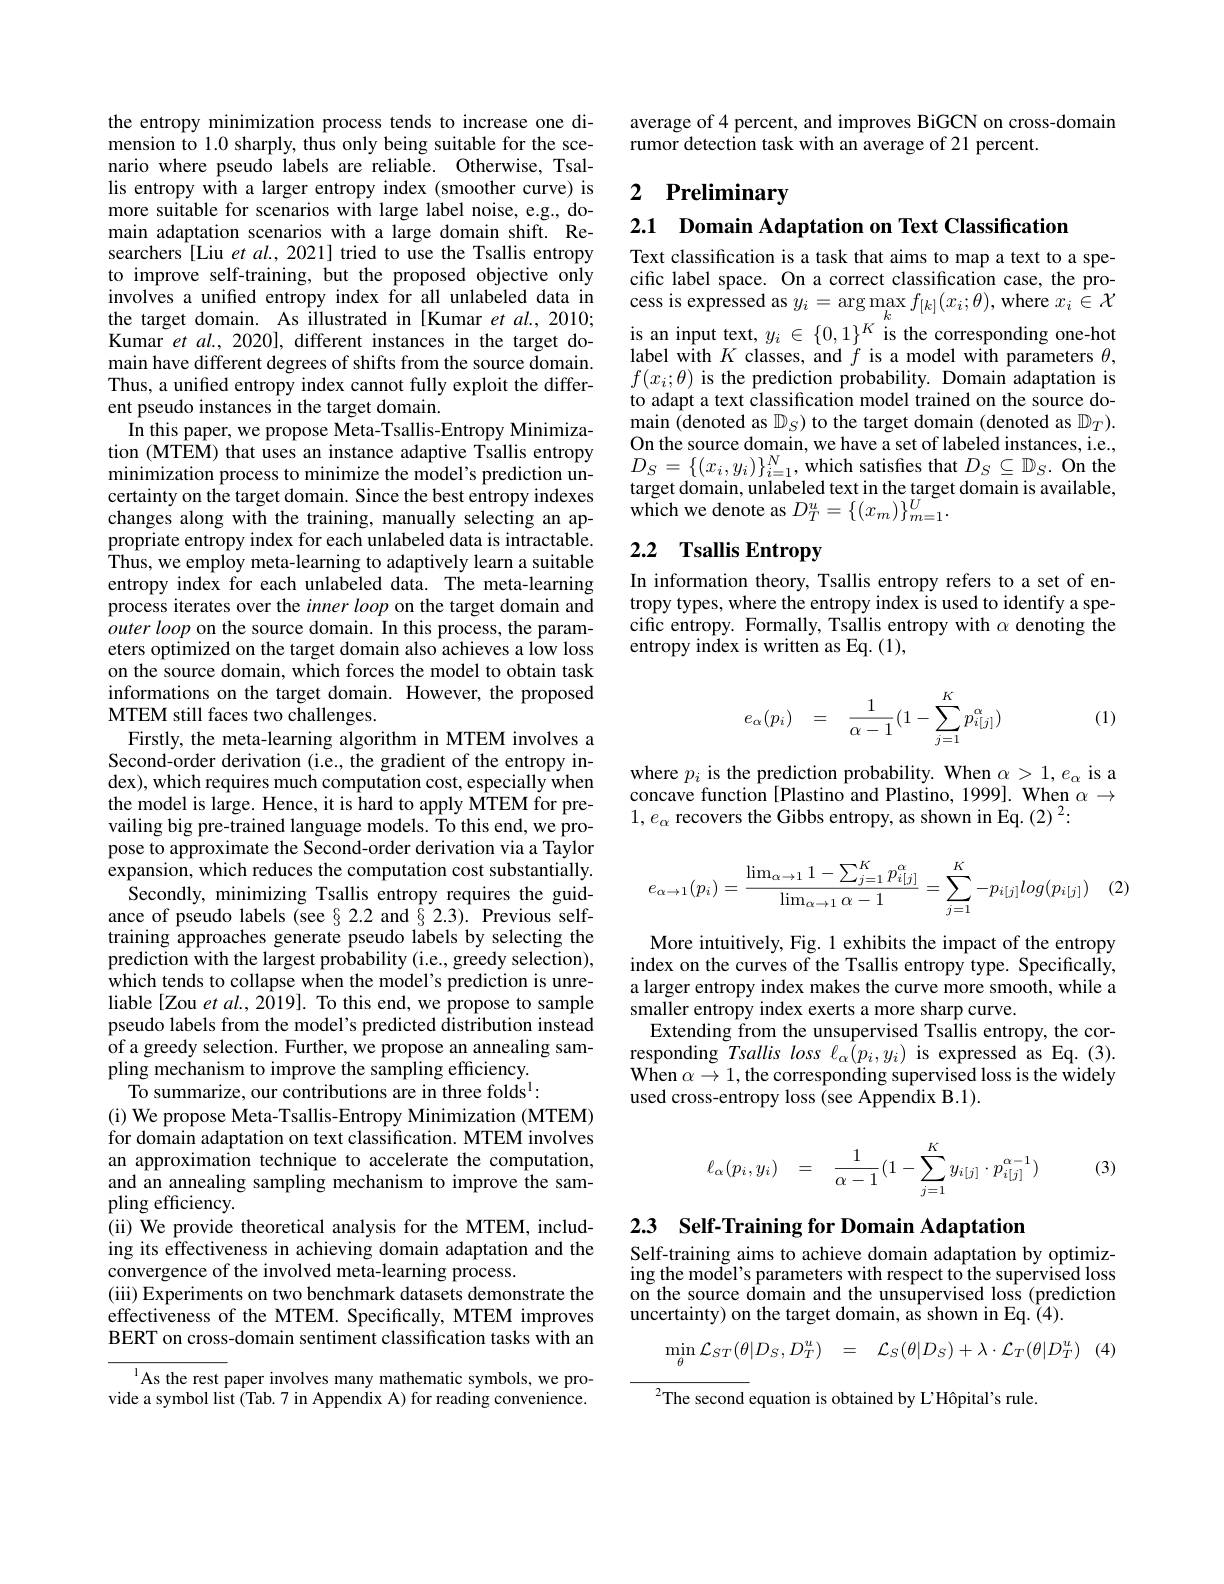
the entropy minimization process tends to increase one dimension to 1.0 sharply, thus only being suitable for the scenario where pseudo labels are reliable. Otherwise, Tsallis entropy with a larger entropy index (smoother curve) is more suitable for scenarios with large label noise, e.g., domain adaptation scenarios with a large domain shift. Researchers[INDEX][Liu et al., 2021] tried to use the Tsallis entropy to improve self-training, but the proposed objective only involves a unified entropy index for all unlabeled data in the target domain. As illustrated in [Kumar et al., 2010; Kumar et $al.,2020]$, different instances in the target domain have different degrees of shifts from the source domain. Thus, a unified entropy index cannot fully exploit the different pseudo instances in the target domain.
In this paper, we propose Meta-Tsallis-Entropy Minimization (MTEM) that uses an instance adaptive Tsallis entropy minimization process to minimize the model's prediction uncertainty on the target domain. Since the best entropy indexes changes along with the training, manually selecting an appropriate entropy index for each unlabeled data is intractable. Thus, we employ meta-learning to adaptively learn a suitable entropy index for each unlabeled data. The meta-learning process iterates over the inner loop on the target domain and $outer\textit{loop on the source domain. In this process, the param- }$ eters optimized on the target domain also achieves a low loss on the source domain, which forces the model to obtain task informations on the target domain. However, the proposed MTEM still faces two challenges.
Firstly, the meta-learning algorithm in MTEM involves a Second-order derivation (i.e., the gradient of the entropy index), which requires much computation cost, especially when the model is large. Hence, it is hard to apply MTEM for prevailing big pre-trained language models. To this end, we propose to approximate the Second-order derivation via a Taylor expansion, which reduces the computation cost substantially. Secondly, minimizing Tsallis entropy requires the guid-
ance of pseudo labels (see§2.2 and §2.3). Previous selftraining approaches generate pseudo labels by selecting the prediction with the largest probability (i.e., greedy selection), which tends to collapse when the model's prediction is unreliable [Zou et al., 2019]. To this end, we propose to sample pseudo labels from the model's predicted distribution instead of a greedy selection. Further, we propose an annealing sampling mechanism to improve the sampling efficiency.
To summarize, our contributions are in three folds$^1:$
(i) We propose Meta-Tsallis-Entropy Minimization (MTEM) for domain adaptation on text classification. MTEM involves an approximation technique to accelerate the computation, and an annealing sampling mechanism to improve the sampling efficiency.
(ii) We provide theoretical analysis for the MTEM, including its effectiveness in achieving domain adaptation and the convergence of the involved meta-learning process.
(iii) Experiments on two benchmark datasets demonstrate the effectiveness of the MTEM. Specifically, MTEM improves BERT on cross-domain sentiment classification tasks with an
$^{1}$As the rest paper involves many mathematic symbols, we provide a symbol list (Tab. 7 in Appendix A) for reading convenience.

average of 4 percent, and improves BiGCN on cross-domain
rumor detection task with an average of 21 percent.

# 2 Preliminary

2.1 Domain Adaptation on Text Classification

Text classification is a task that aims to map a text to a specific label space. On a correct classification case, the pro- ${\mathrm{cess~is~expressed~as~}y_{i}=\arg\max_{k}f_{[k]}(x_{i};\theta),\mathrm{~where~}x_{i}\in\mathcal{X}}$ is an input text, $y_i\in\{0,1\}^K$ is the corresponding one-hot label with $K$ classes, and $f$ is a model with parameters $\theta$, $f(x_i;\theta)$ is the prediction probability. Domain adaptation is to adapt a text classification model trained on the source domain (denoted as $\mathbb{D}_S$) to the target domain (denoted as $\mathbb{D}_T).$ On the source domain, we have a set of labeled instances, i.e., $D_{S}=\{(x_{i},y_{i})\}_{i=1}^{N}$,which satisfes that $D_S\subseteq\mathbb{D}_S.$ On the target domain, unlabeled text in the target domain is available, which we denote as $D_T^u=\{(x_m)\}_{m=1}^U.$

# 2.2 Tsallis Entropy

In information theory, Tsallis entropy refers to a set of entropy types, where the entropy index is used to identify a specific entropy. Formally, Tsallis entropy with $\alpha$ denoting the entropy index is written as Eq.(1),
$$e_\alpha(p_i)\quad=\quad\frac{1}{\alpha-1}(1-\sum_{j=1}^Kp_{i[j]}^\alpha)$$
(1)

where $p_i$ is the prediction probability. When $\alpha>1,e_\alpha$ is a concave function [Plastino and Plastino, 1999]. When $\alpha\to$ $1,e_{\alpha}$ recovers the Gibbs entropy, as shown in Eq. (2) $^2:$
$$e_{\alpha\to1}(p_i)=\dfrac{\lim_{\alpha\to1}1-\sum_{j=1}^Kp_{i[j]}^\alpha}{\lim_{\alpha\to1}\alpha-1}=\sum_{j=1}^K-p_{i[j]}log(p_{i[j]})$$
More intuitively, Fig. 1 exhibits the impact of the entropy index on the curves of the Tsallis entropy type. Specifically, a larger entropy index makes the curve more smooth, while a smaller entropy index exerts a more sharp curve.
Extending from the unsupervised Tsallis entropy, the corresponding $Tsallisloss\ell_{\alpha}(p_{i},y_{i})$ is expressed as Eq.(3). When $\alpha \to 1$,the corresponding supervised loss is the widely used cross-entropy loss (see Appendix B.1).
$$\ell_\alpha(p_i,y_i)\quad=\quad\dfrac{1}{\alpha-1}(1-\sum_{j=1}^Ky_{i[j]}\cdot p_{i[j]}^{\alpha-1})$$
(3)

## 2.3 Self-Training for Domain Adaptation

Self-training aims to achieve domain adaptation by optimizing the model's parameters with respect to the supervised loss on the source domain and the unsupervised loss (prediction uncertainty) on the target domain, as shown in Eq. (4).

(4)
$$\begin{array}{rcl}\min_{\theta}\mathcal{L}_{ST}(\theta|D_{S},D_{T}^{u})&=&\mathcal{L}_{S}(\theta|D_{S})+\lambda\cdot\mathcal{L}_{T}(\theta|D_{T}^{u})\end{array}$$
${^{2}\mathrm{The~second~equation~is~obtained~by~L'Hôpital's~rule.}}$